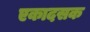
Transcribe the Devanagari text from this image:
एकादसक